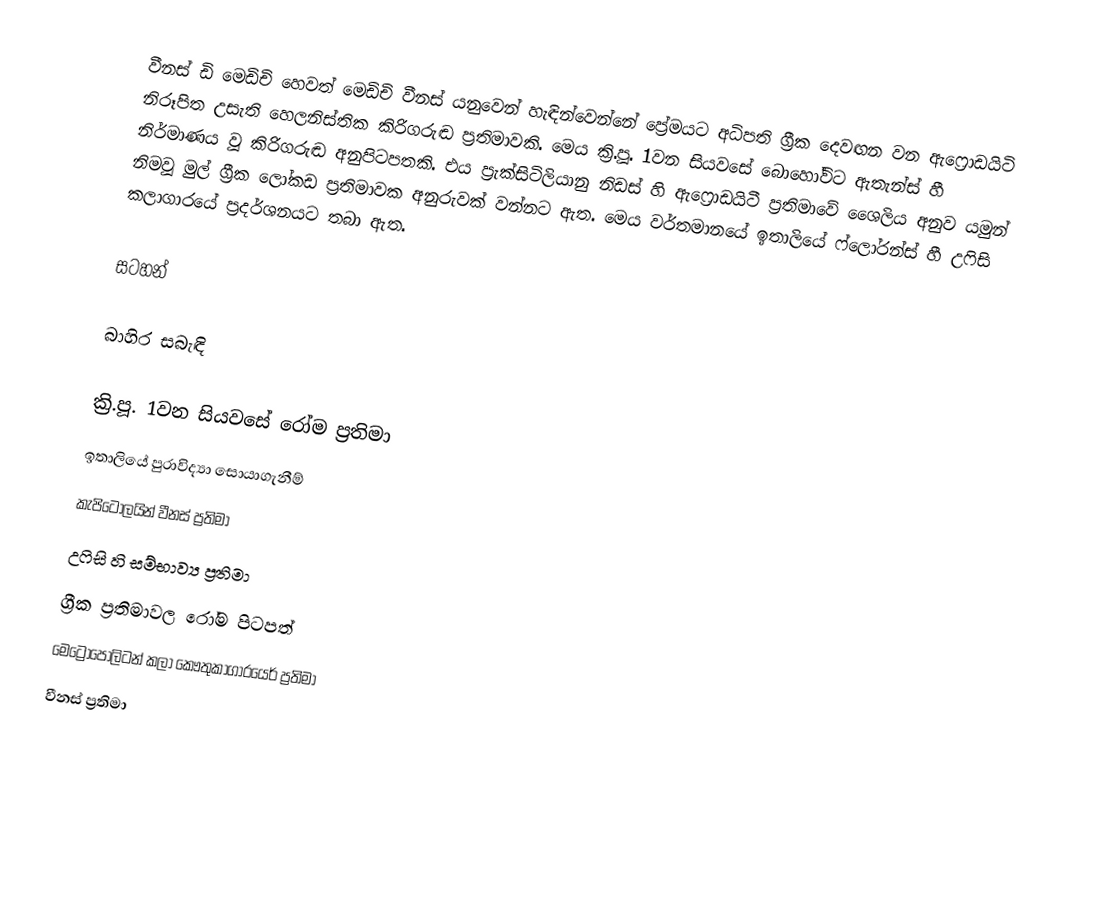
වීනස් ඩි මෙඩිචි  හෙවත් මෙඩිචි වීනස් යනුවෙන් හැඳින්වෙන්නේ ප්‍රේමයට අධිපති ග්‍රීක දෙවඟන වන ඇෆ්‍රොඩයිටි නිරූපිත  උසැති හෙලනිස්තික කිරිගරුඬ ප්‍රතිමාවකි. මෙය ක්‍රි.පූ. 1වන සියවසේ බොහෝවිට ඇතැන්ස් හී නිර්මාණය වූ කිරිගරුඬ අනුපිටපතකි. එය ප්‍රැක්සිටිලියානු නිඩස් හි ඇෆ්‍රොඩයිටී ප්‍රතිමාවේ ශෛලිය අනුව යමුන් නිමවූ මුල් ග්‍රීක ලෝකඩ ප්‍රතිමාවක අනුරුවක් වන්නට ඇත. මෙය වර්තමානයේ ඉතාලියේ ෆ්ලෝරන්ස් හී උෆිසි කලාගාරයේ ප්‍රදර්ශනයට තබා ඇත.

සටහන්

බාහිර සබැඳි

ක්‍රි.පූ. 1වන සියවසේ රෝම ප්‍රතිමා
ඉතාලියේ පුරාවිද්‍යා සොයාගැනීම්
කැපිටෝලයින් වීනස් ප්‍රතිමා
උෆිසි හි සම්භාව්‍ය ප්‍රතිමා
ග්‍රීක ප්‍රතිමාවල රෝම පිටපත්
මෙට්‍රොපොලිටන් කලා කෞතුකාගාරයෙර් ප්‍රතිමා
වීනස් ප්‍රතිමා